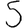
Digit: 5